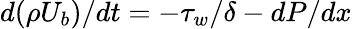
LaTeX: {d(\rho U_{b})}/{dt}=-{\tau_{w}}/{\delta}-{dP}/{dx}